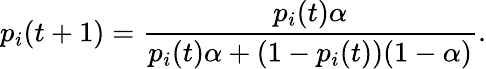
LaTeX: p_{i}(t+1)=\frac{p_{i}(t)\alpha}{p_{i}(t)\alpha+(1-p_{i}(t))(1-\alpha)}.